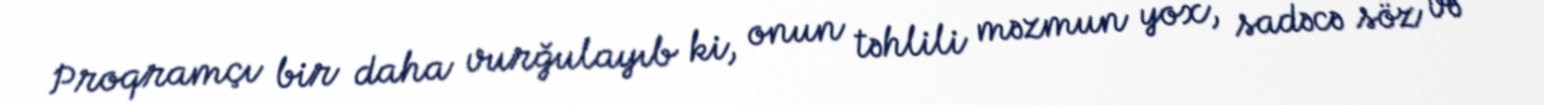
Proqramçı bir daha vurğulayıb ki, onun təhlili məzmun yox, sadəcə söz və